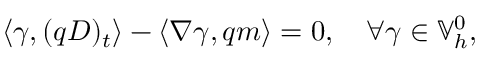
\left\langle \gamma , ( q D ) _ { t } \right\rangle - \left\langle \nabla \gamma , q m \right\rangle = 0 , \quad \forall \gamma \in \mathbb { V } _ { h } ^ { 0 } ,